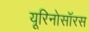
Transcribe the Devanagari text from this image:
यूरिनोसॉरस